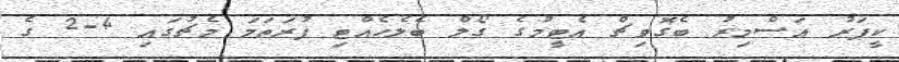
ކީޕަރު އަސްމިރު ބެގޮވިޗް އެޓީމުގެ ގޯލް ބެލެހެއްޓި ފުރަތަމަ މެޗުގައި 4-2 ގެ